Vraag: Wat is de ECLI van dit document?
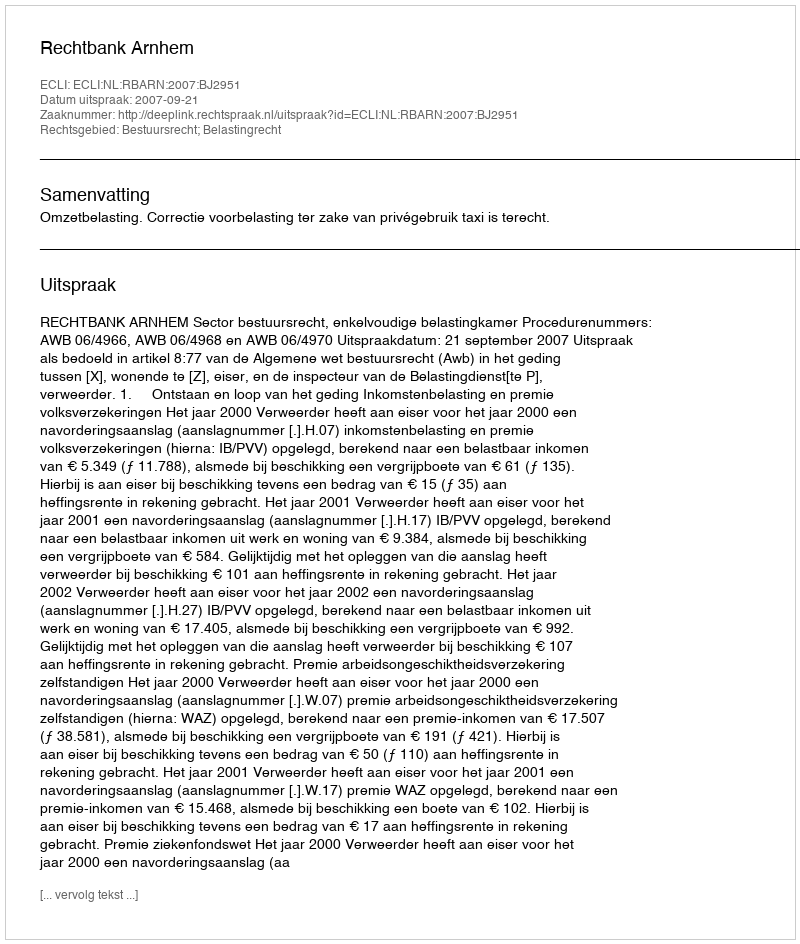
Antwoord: ECLI:NL:RBARN:2007:BJ2951